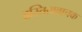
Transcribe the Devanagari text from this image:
अस्तित्ववाचक